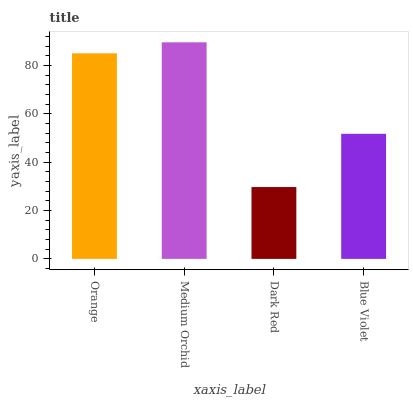
| xaxis_label | bars |
 | --- | --- |
 | Orange | 85 |
 | Medium Orchid | 89.5 |
 | Dark Red | 29.7 |
 | Blue Violet | 51.7 |